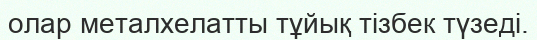
олар металхелатты тұйық тізбек түзеді.